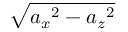
\sqrt { { a _ { x } } ^ { 2 } - { a _ { z } } ^ { 2 } }